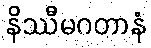
နိဿီမဂတာနံ